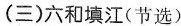
(三)六和填江(节选)